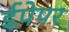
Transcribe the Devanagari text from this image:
ईपेपर